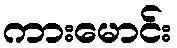
ကားမောင်း